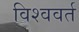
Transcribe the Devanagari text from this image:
विश्ववर्त